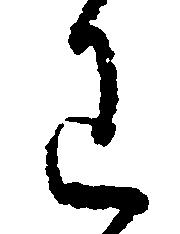
わ